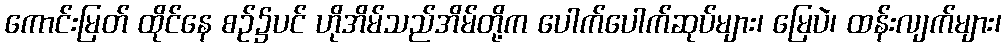
ကောင်းမြတ် ထိုင်နေ စဉ်၌ပင် ဟိုအိမ်သည်အိမ်တို့က ပေါက်ပေါက်ဆုပ်များ၊ မြေပဲ၊ ထန်းလျက်များ၊